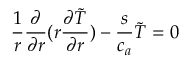
\frac { 1 } { r } \frac { \partial } { \partial r } ( r \frac { \partial \widetilde { T } } { \partial r } ) - \frac { s } { c _ { a } } \widetilde { T } = 0